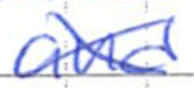
Text: and
Cross-out: cross
Writing tool: ballpoint